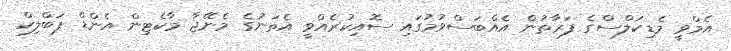
އެމްވީ މެޑިކަލްސްގެ ފަރާތުން އެއްބަސްވުމުގައި ސޮއިކުރެއްވީ އެތަނުގެ މެނޭޖާ މާކެޓިން އެންޑް ޕަބްލިކް